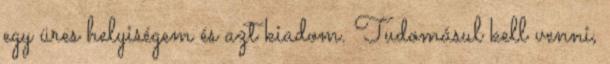
egy üres helyiségem és azt kiadom. Tudomásul kell venni,